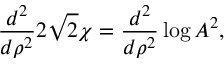
\frac { d ^ { 2 } } { d \rho ^ { 2 } } 2 \sqrt { 2 } \chi = \frac { d ^ { 2 } } { d \rho ^ { 2 } } \log A ^ { 2 } , \nonumber